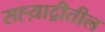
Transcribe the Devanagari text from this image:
सह्य़ाद्रीतील